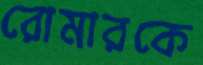
রোমারকে